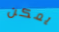
يمكن